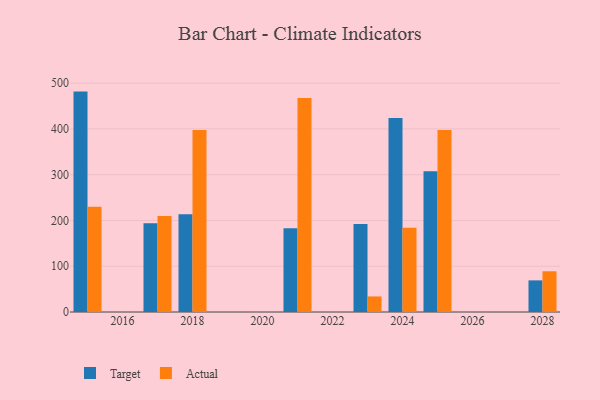
{"axis": {"x": "Year", "y": "Revenue (USD Million)"}, "legend": ["Actual", "Target"], "data": [{"x": "2028", "y": 69.1, "type": "Target"}, {"x": "2028", "y": 89.0, "type": "Actual"}, {"x": "2015", "y": 481.6, "type": "Target"}, {"x": "2015", "y": 229.8, "type": "Actual"}, {"x": "2025", "y": 307.4, "type": "Target"}, {"x": "2025", "y": 397.7, "type": "Actual"}, {"x": "2017", "y": 193.9, "type": "Target"}, {"x": "2017", "y": 209.7, "type": "Actual"}, {"x": "2023", "y": 192.4, "type": "Target"}, {"x": "2023", "y": 34.0, "type": "Actual"}, {"x": "2024", "y": 423.9, "type": "Target"}, {"x": "2024", "y": 184.3, "type": "Actual"}, {"x": "2018", "y": 213.8, "type": "Target"}, {"x": "2018", "y": 397.7, "type": "Actual"}, {"x": "2021", "y": 182.9, "type": "Target"}, {"x": "2021", "y": 467.8, "type": "Actual"}]}